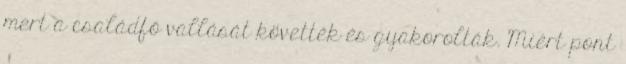
mert a családfő vallását követték és gyakorolták. Miért pont